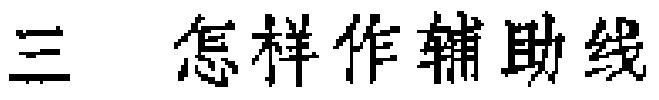
三 怎样作辅助线